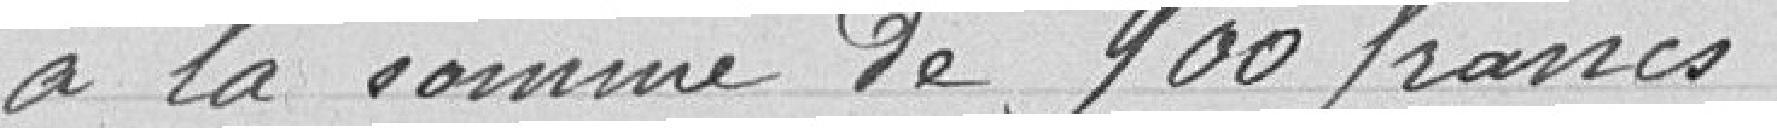
à la somme de 900 francs.